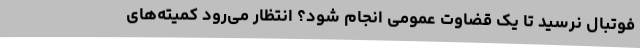
فوتبال نرسید تا یک قضاوت عمومی انجام شود؟ انتظار می‌رود کمیته‌های